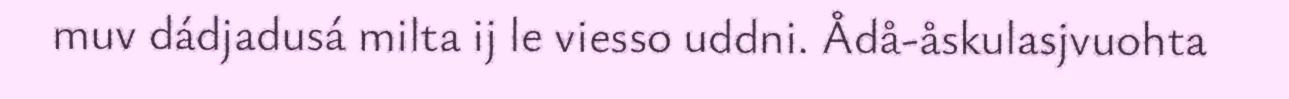
muv dádjadusá milta ij le viesso uddni. Ådå-åskulasjvuohta